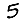
Digit: 5